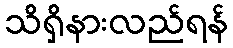
သိရှိနားလည်ရန်